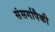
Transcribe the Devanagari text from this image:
संसर्गापैकी